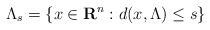
\begin{align*}\Lambda_{s} = \left\{x \in \mathbf{R}^n : d(x,\Lambda) \leq s \right\}\end{align*}